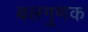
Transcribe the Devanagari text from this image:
बलगुणक